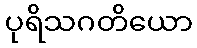
ပုရိသဂတိယော